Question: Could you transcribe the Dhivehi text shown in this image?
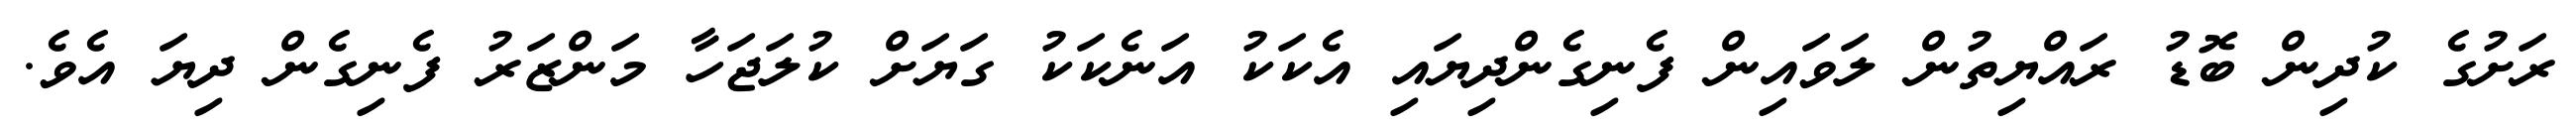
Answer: ރަށުގެ ކުދިން ބޮޑު ރައްޔިތުން ލަވައިން ފެނިގެންދިޔައި އެކަކު އަނެކަކު ގަޔަށް ކުލަޖަހާ މަންޒަރު ފެނިގެން ދިޔަ އެވެ.